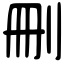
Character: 刪